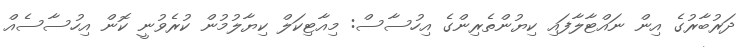
ދަރުބާރުގެ އިން ނައްޓާލާފައި ކިޔުންތެރިންގެ އިހުސާސް: މިއާޓިކަލް ކިޔާލުމުން ކުރެވުނީ ކޮން އިހުސާސެއް